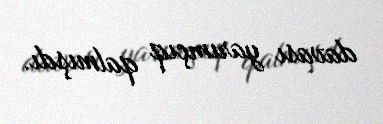
davası yarımçıq qalmışdı.